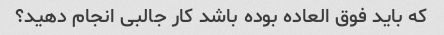
که باید فوق العاده بوده باشد کار جالبی انجام دهید؟